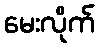
မေးလိုက်